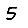
Digit: 5